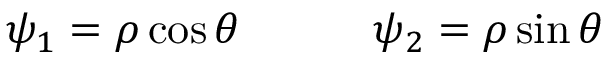
\psi _ { 1 } = \rho \cos \theta \qquad \quad \psi _ { 2 } = \rho \sin \theta